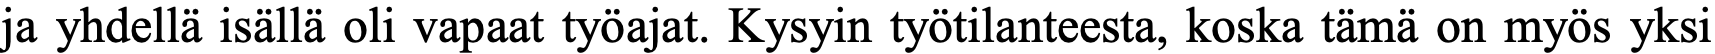
ja yhdellä isällä oli vapaat työajat. Kysyin työtilanteesta, koska tämä on myös yksi